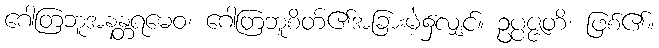
ဂေါတြဘူအနန္တရမေဝ၊ ဂေါတြဘူစိတ်၏အခြားမဲ့၌လျှင်။ ဥပ္ပဇ္ဇတိ၊ ဖြစ်၏။